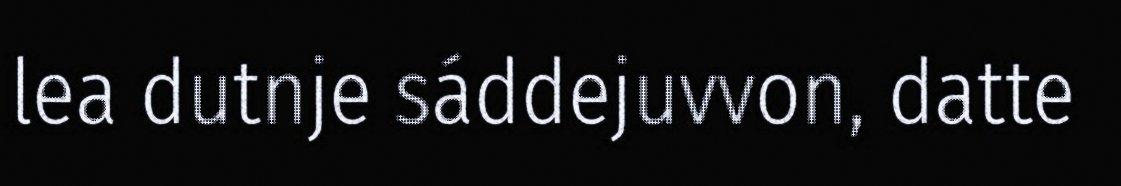
lea dutnje sáddejuvvon, datte